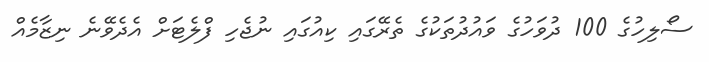
ސޯލިހުގެ 100 ދުވަހުގެ ވައުދުތަކުގެ ތެރޭގައި ކިއުގައި ނުޖެހި ފްލެޓަށް އެދެވޭނެ ނިޒާމެއް